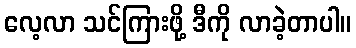
လေ့လာ သင်ကြားဖို့ ဒီကို လာခဲ့တာပါ။